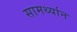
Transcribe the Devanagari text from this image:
सामर्थ्‍यान